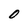
Character: O